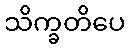
သိက္ခတိပေ